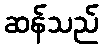
ဆန်သည်